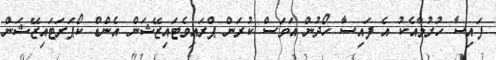
ފައިސާ ހުރުމާއެކު އެ ފައިސާ ހޯދުން އަވަސް ކުރަން ޕްރައިވެޓައިޒޭޝަން އެންޑް ކޯޕަރަޓައިޒޭޝަން